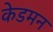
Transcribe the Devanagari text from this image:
केडमन